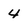
Character: 4